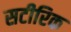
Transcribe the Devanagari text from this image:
सटीरिक